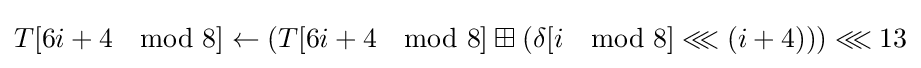
T[6i+4\mod 8]\leftarrow \left(T[6i+4\mod 8]\boxplus \left(\delta [i\mod 8]\lll \left(i+4\right)\right)\right)\lll 13